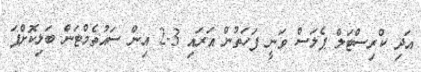
އަދި ކްރިސްޓަލް ޕެލަސް ވަނީ ފަހަތުން އަރައި 3-2 އިން ސައުތެމްޓަން ބަލިކޮށްފަ